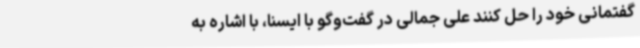
گفتمانی خود را حل کنند علی جمالی در گفت‌وگو با ایسنا، با اشاره به